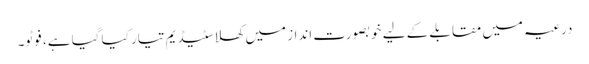
درعیہ میں مقابلے کے لیے خوبصورت انداز میں کھلا سٹیڈیم تیار کیا گیا ہے، فوٹو۔